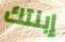
إبنتك